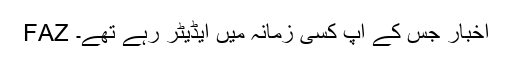
FAZ اخبار جس کے آپ کسی زمانہ میں ایڈیٹر رہے تھے۔